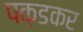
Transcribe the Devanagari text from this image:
पक़डकर